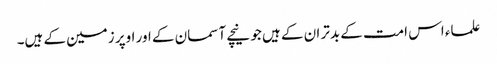
علماء اس امت کے بدتر ان کے ہیں جو نیچے آسمان کے اور اوپر زمین کے ہیں۔